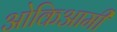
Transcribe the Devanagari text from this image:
ओकिआमी